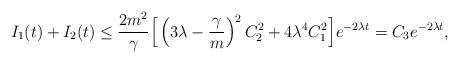
LaTeX: \begin{align*}I_1(t)+I_2(t) &\leq \frac{2m^2}{\gamma} \Big[\left(3\lambda-\frac{\gamma}{m}\right)^2C_2^2+4\lambda^4C_1^2\Big]e^{-2\lambda t}=C_3 e^{-2\lambda t},\end{align*}